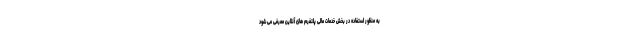
به منظور استفاده در بخش خدمات مالی پلتفرم های آنلاین معرفی می شود